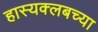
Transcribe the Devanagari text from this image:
हास्यक्लबच्या